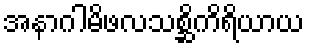
အနာဂါမိဖလသစ္ဆိကိရိယာယ